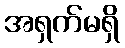
အရှက်မရှိ